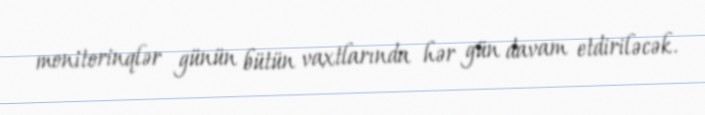
monitorinqlər günün bütün vaxtlarında hər gün davam etdiriləcək.